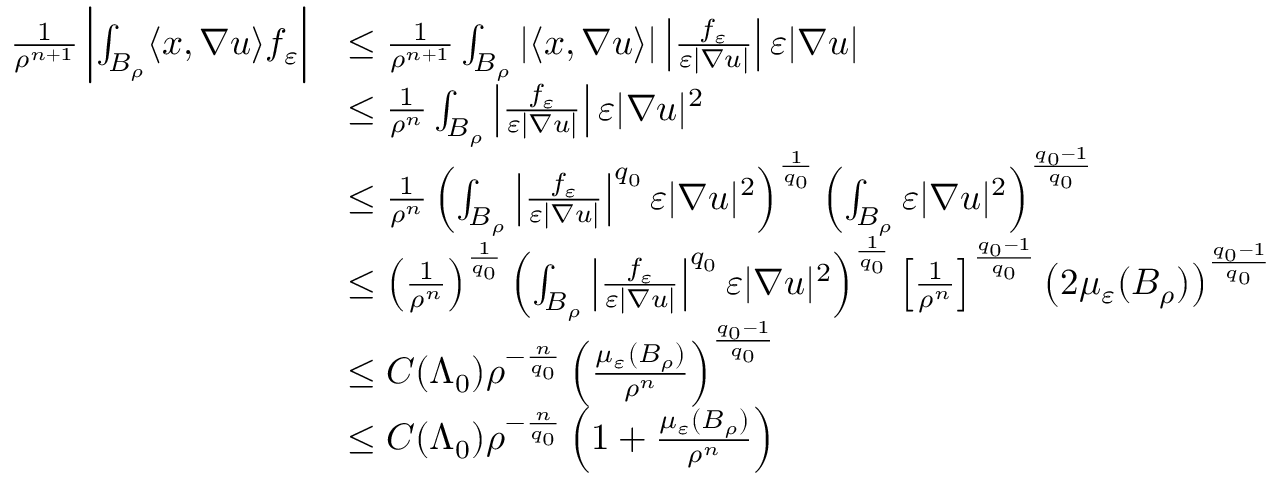
\begin{array} { r l } { \frac { 1 } { \rho ^ { n + 1 } } \left| \int _ { B _ { \rho } } \langle x , \nabla u \rangle f _ { \varepsilon } \right| } & { \leq \frac { 1 } { \rho ^ { n + 1 } } \int _ { B _ { \rho } } | \langle x , \nabla u \rangle | \left| \frac { f _ { \varepsilon } } { \varepsilon | \nabla u | } \right| \varepsilon | \nabla u | } \\ & { \leq \frac { 1 } { \rho ^ { n } } \int _ { B _ { \rho } } \left| \frac { f _ { \varepsilon } } { \varepsilon | \nabla u | } \right| \varepsilon | \nabla u | ^ { 2 } } \\ & { \leq \frac { 1 } { \rho ^ { n } } \left( \int _ { B _ { \rho } } \left| \frac { f _ { \varepsilon } } { \varepsilon | \nabla u | } \right| ^ { q _ { 0 } } \varepsilon | \nabla u | ^ { 2 } \right) ^ { \frac { 1 } { q _ { 0 } } } \left( \int _ { B _ { \rho } } \varepsilon | \nabla u | ^ { 2 } \right) ^ { \frac { q _ { 0 } - 1 } { q _ { 0 } } } } \\ & { \leq \left( \frac { 1 } { \rho ^ { n } } \right) ^ { \frac { 1 } { q _ { 0 } } } \left( \int _ { B _ { \rho } } \left| \frac { f _ { \varepsilon } } { \varepsilon | \nabla u | } \right| ^ { q _ { 0 } } \varepsilon | \nabla u | ^ { 2 } \right) ^ { \frac { 1 } { q _ { 0 } } } \left[ \frac { 1 } { \rho ^ { n } } \right] ^ { \frac { q _ { 0 } - 1 } { q _ { 0 } } } \left( 2 \mu _ { \varepsilon } ( B _ { \rho } ) \right) ^ { \frac { q _ { 0 } - 1 } { q _ { 0 } } } } \\ & { \leq C ( \Lambda _ { 0 } ) \rho ^ { - \frac { n } { q _ { 0 } } } \left( \frac { \mu _ { \varepsilon } ( B _ { \rho } ) } { \rho ^ { n } } \right) ^ { \frac { q _ { 0 } - 1 } { q _ { 0 } } } } \\ & { \leq C ( \Lambda _ { 0 } ) \rho ^ { - \frac { n } { q _ { 0 } } } \left( 1 + \frac { \mu _ { \varepsilon } ( B _ { \rho } ) } { \rho ^ { n } } \right) } \end{array}